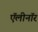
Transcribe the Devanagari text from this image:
ऍलीनॉर